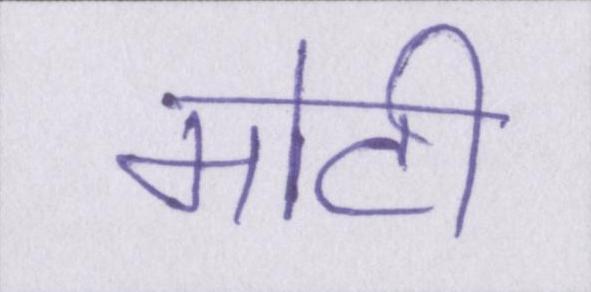
मोटी